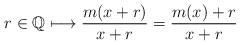
LaTeX: \begin{align*}r\in \mathbb{Q}\longmapsto \frac{m(x+r)}{x+r}=\frac{m(x)+r}{x+r}\end{align*}